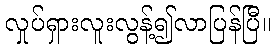
လှုပ်ရှားလူးလွန့်၍လာပြန်ပြီ။